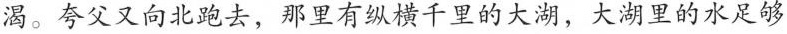
渴。夸父又向北跑去，那里有纵横千里的大湖，大湖里的水足够